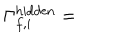
\Gamma _ { f , i } ^ { \mathrm { h i d d e n } } =